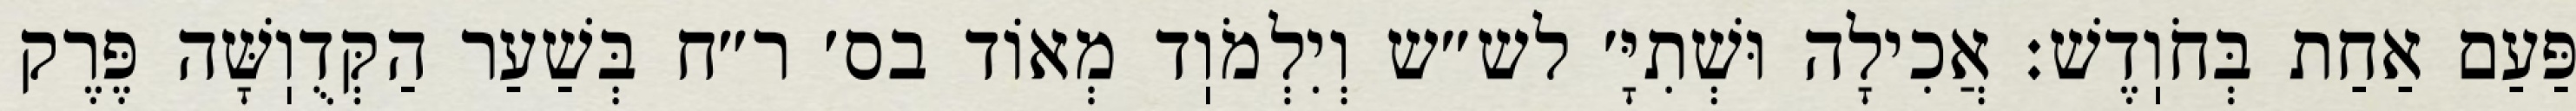
פַּעַם אַחַת בְּחֹוֽדֶשׁ: אֲכִילָה וּשְׁתִיָּ׳ לש״ש וְיִלְמֹוֽד מְאוֹד בס׳ ר״ח בְּשַׁעַר הַקְּדֻוֽשָּׁה פֶּרֶק